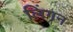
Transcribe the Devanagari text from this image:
लिंगन